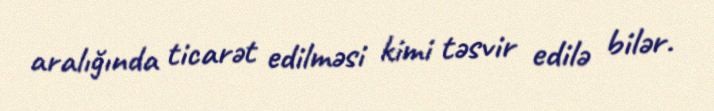
aralığında ticarət edilməsi kimi təsvir edilə bilər.